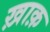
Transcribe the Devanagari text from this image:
ख़ाक़